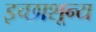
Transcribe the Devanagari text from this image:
इच्छाशून्य